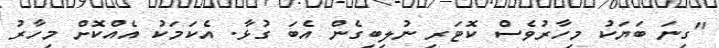
"ގިނަ ބަޔަކު މިހާރުވެސް ކޮޓަރި ނުލިބިގެން އެބަ ގުޅާ. އެކަމަކު އެއްކޮށް މިހާރު